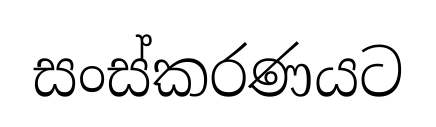
සංස්කරණයට